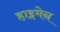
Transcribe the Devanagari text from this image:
हाइमेन